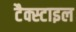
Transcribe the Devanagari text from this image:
टैक्स्टाइल